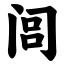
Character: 闾